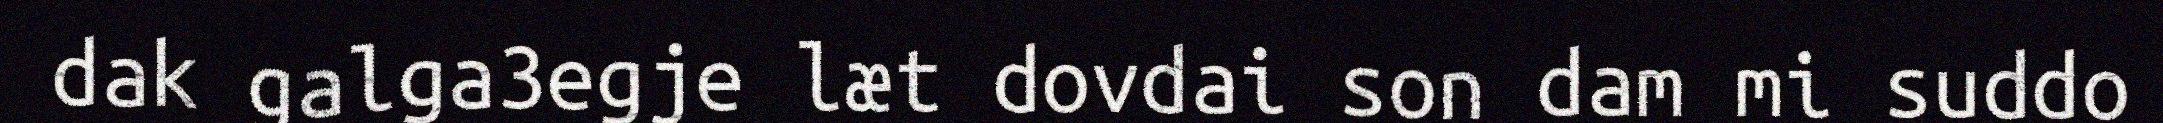
dak galga3egje læt dovdai son dam mi suddo